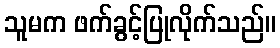
သူမက ဖက်ခွင့်ပြုလိုက်သည်။